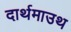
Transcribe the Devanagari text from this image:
दार्थमाउथ